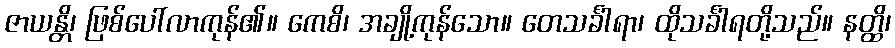
ဇာယန္တိ၊ ဖြစ်ပေါ်လာကုန်၏။ ကေစိ၊ အချို့ကုန်သော။ တေသင်္ခါရာ၊ ထိုသင်္ခါရတို့သည်။ နတ္ထိ၊